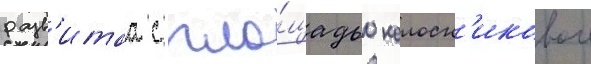
разв'итаа с пло́щадью колосн'иковои